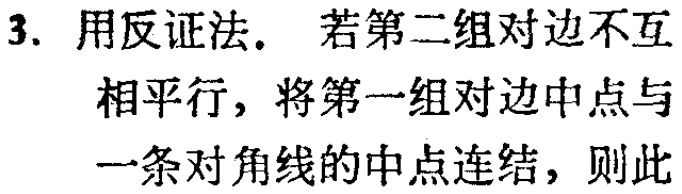
3. 用反证法. 若第二组对边不互
相平行，将第一组对边中点与
一条对角线的中点连结，则此